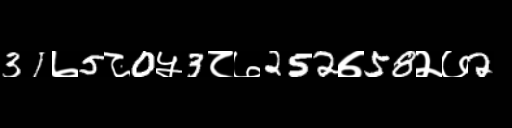
Text: 31७5८0५3८७252७58२७2